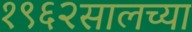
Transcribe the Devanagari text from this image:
१९६२सालच्या